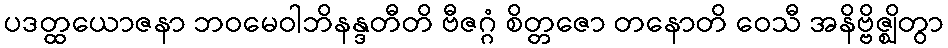
ပဒတ္ထယောဇနာ ဘဝမေဝါဘိနန္ဒတီတိ ဗီဇဂ္ဂံ စိတ္တဇော တနောတိ ဝေသီ အနိဗ္ဗိဇ္ဈိတွာ